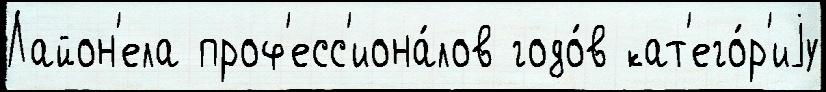
Лайон'ела проф'есс'иона́лов годо́в кат'его́р'иjу